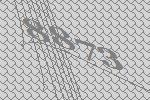
8873